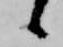
候